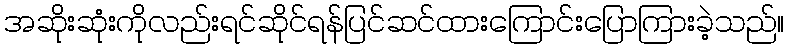
အဆိုးဆုံးကိုလည်းရင်ဆိုင်ရန်ပြင်ဆင်ထားကြောင်းပြောကြားခဲ့သည်။